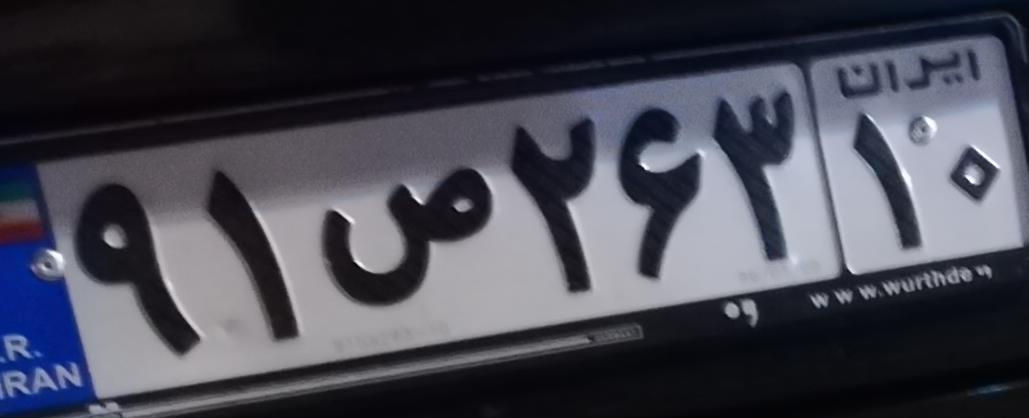
۹۱ص۲۶۳۱۰